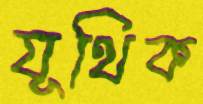
যূথিক